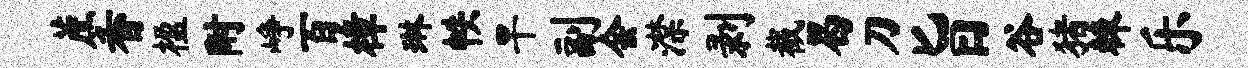
蔗香楹附峥百樟琳帙旱副会潸剥截曷刀旨谷猪棘乐